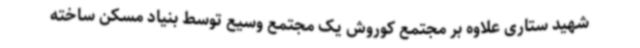
شهید ستاری علاوه بر مجتمع کوروش یک مجتمع وسیع توسط بنیاد مسکن ساخته